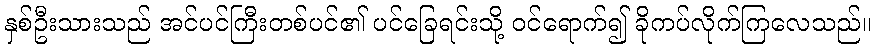
နှစ်ဦးသားသည် အင်ပင်ကြီးတစ်ပင်၏ ပင်ခြေရင်းသို့ ဝင်ရောက်၍ ခိုကပ်လိုက်ကြလေသည်။